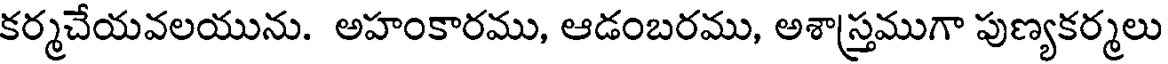
కర్మచేయవలయును. అహంకారము, ఆడంబరము, అశాస్త్రముగా పుణ్యకర్మలు